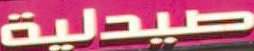
صيدلية